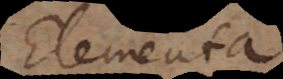
Elementa